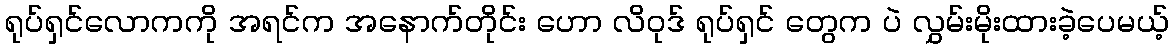
ရုပ်ရှင်လောကကို အရင်က အနောက်တိုင်း ဟော လိဝုဒ် ရုပ်ရှင် တွေက ပဲ လွှမ်းမိုးထားခဲ့ပေမယ့်